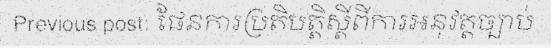
Previous post: ផែនការប្រតិបត្តិស្តីពីការអនុវត្តច្បាប់